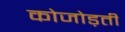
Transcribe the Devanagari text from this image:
कोजोड़ती